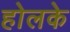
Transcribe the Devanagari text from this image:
होलके